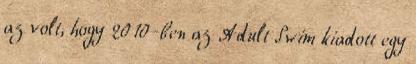
az volt, hogy 2010-ben az Adult Swim kiadott egy